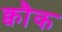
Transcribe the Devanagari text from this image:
क्वौक